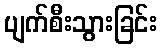
ပျက်စီးသွားခြင်း